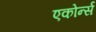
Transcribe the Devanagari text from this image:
एकोर्न्स